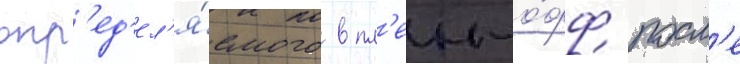
опр'ед'ел'я́емого в пл'еи-о́фф посл'е